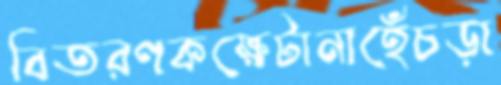
বিতরণকক্ষেটানাহেঁচড়া